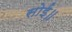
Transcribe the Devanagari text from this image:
सोई॥